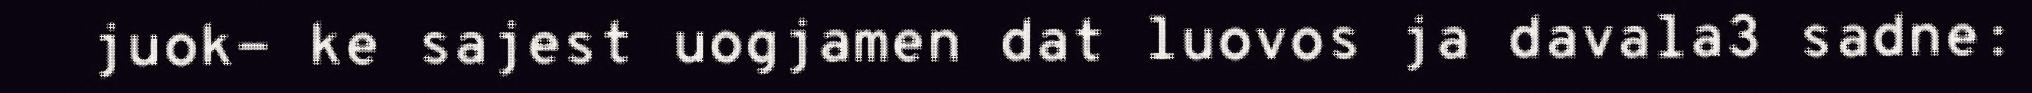
juok- ke sajest uogjamen dat luovos ja davala3 sadne: